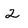
Character: 2